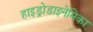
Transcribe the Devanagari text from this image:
हाइड्रोडाइनेमिका